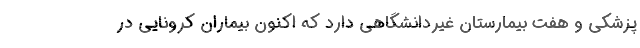
پزشکی و هفت بیمارستان غیردانشگاهی دارد که اکنون بیماران کرونایی در